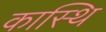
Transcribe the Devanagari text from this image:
कास्थि